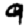
Digit: 9